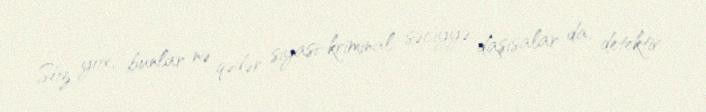
Söz yox, bunlar nə qədər siyasi-kriminal səciyyə daşısalar da, detektiv